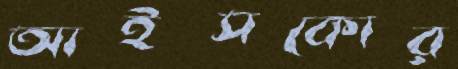
আইসকোর